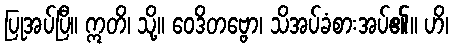
ပြုအပ်ပြီ။ ဣတိ၊ သို့။ ဝေဒိတဗ္ဗော၊ သိအပ်ခံစားအပ်၏။ ဟိ၊